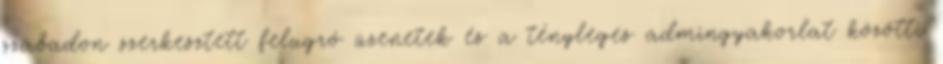
szabadon szerkesztett felugró üzenetek és a tényleges admingyakorlat közötti